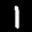
Label: 1